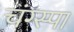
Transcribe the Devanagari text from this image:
चंग्स्पा